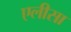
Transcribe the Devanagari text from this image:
एलीसा